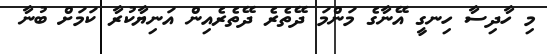
މި ހާދިސާ ހިނގީ އޭނާގެ މަންމަ ދޭތެރެ ދޭތެރެއިން އަނިޔާކުރާ ކަމަށް ބުނާ